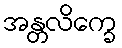
အန္တလိက္ခေ